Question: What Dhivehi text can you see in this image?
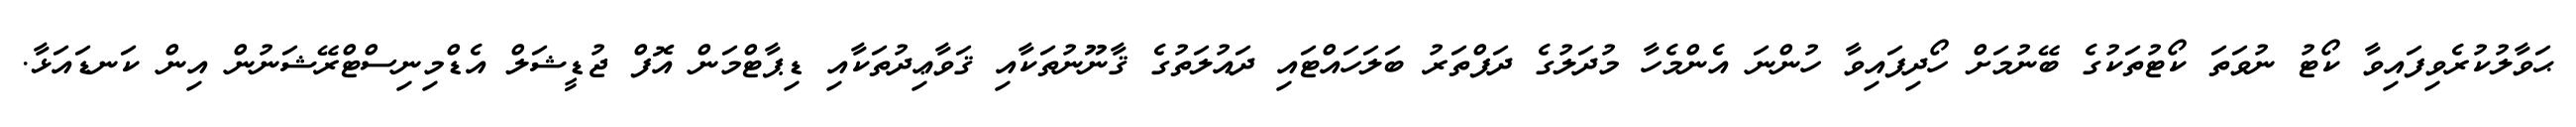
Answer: ޙަވާލުކުރެވިފައިވާ ކޯޓު ނުވަތަ ކޯޓުތަކުގެ ބޭނުމަށް ހޯދިފައިވާ ހުންނަ އެންމެހާ މުދަލުގެ ދަފްތަރު ބަލަހައްޓައި ދައުލަތުގެ ޤާނޫނުތަކާއި ޤަވާޢިދުތަކާއި ޑިޕާޓްމަން އޮފް ޖުޑީޝަލް އެޑްމިނިސްޓްރޭޝަނުން އިން ކަނޑައަޅާ.